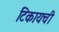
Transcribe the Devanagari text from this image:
टिकायची